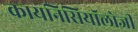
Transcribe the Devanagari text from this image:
कायनिसियॉलोजी